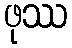
ဖုဿ